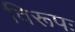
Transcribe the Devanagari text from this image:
विरूपः